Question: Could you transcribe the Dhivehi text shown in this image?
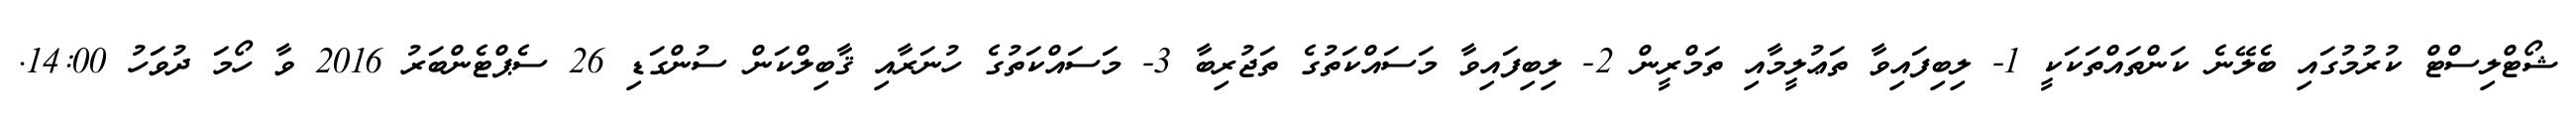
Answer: ޝޯޓްލިސްޓް ކުރުމުގައި ބެލޭނެ ކަންތައްތަކަކީ 1- ލިބިފައިވާ ތަޢުލީމާއި ތަމްރީން 2- ލިބިފައިވާ މަސައްކަތުގެ ތަޖުރިބާ 3- މަސައްކަތުގެ ހުނަރާއި ޤާބިލްކަން ސުންގަޑި 26 ސެޕްޓެންބަރު 2016 ވާ ހޯމަ ދުވަހު 14:00.